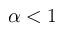
\alpha < 1